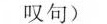
叹句)